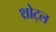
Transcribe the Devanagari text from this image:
थ्रोट्ल